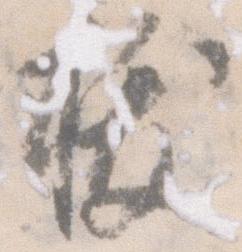
抜